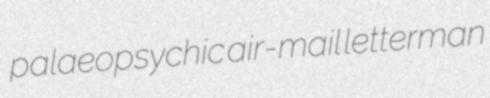
palaeopsychic air-mail letterman